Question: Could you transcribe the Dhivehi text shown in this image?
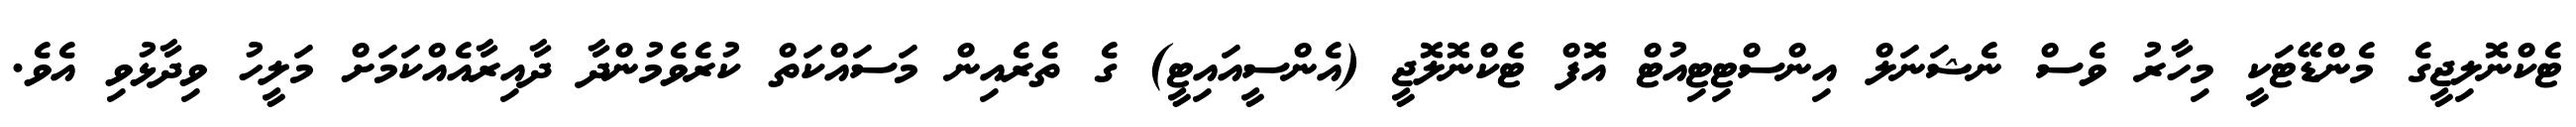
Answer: ޓެކްނޮލިޖީގެ މެންޑޭޓަކީ މިހާރު ވެސް ނެޝަނަލް އިންސްޓިޓިއުޓް އޮފް ޓެކްނޮލޮޖީ (އެންސީއައިޓީ) ގެ ތެރެއިން މަސައްކަތް ކުރެވެމުންދާ ދާއިރާއެއްކަމަށް މަލީހު ވިދާޅުވި އެވެ.